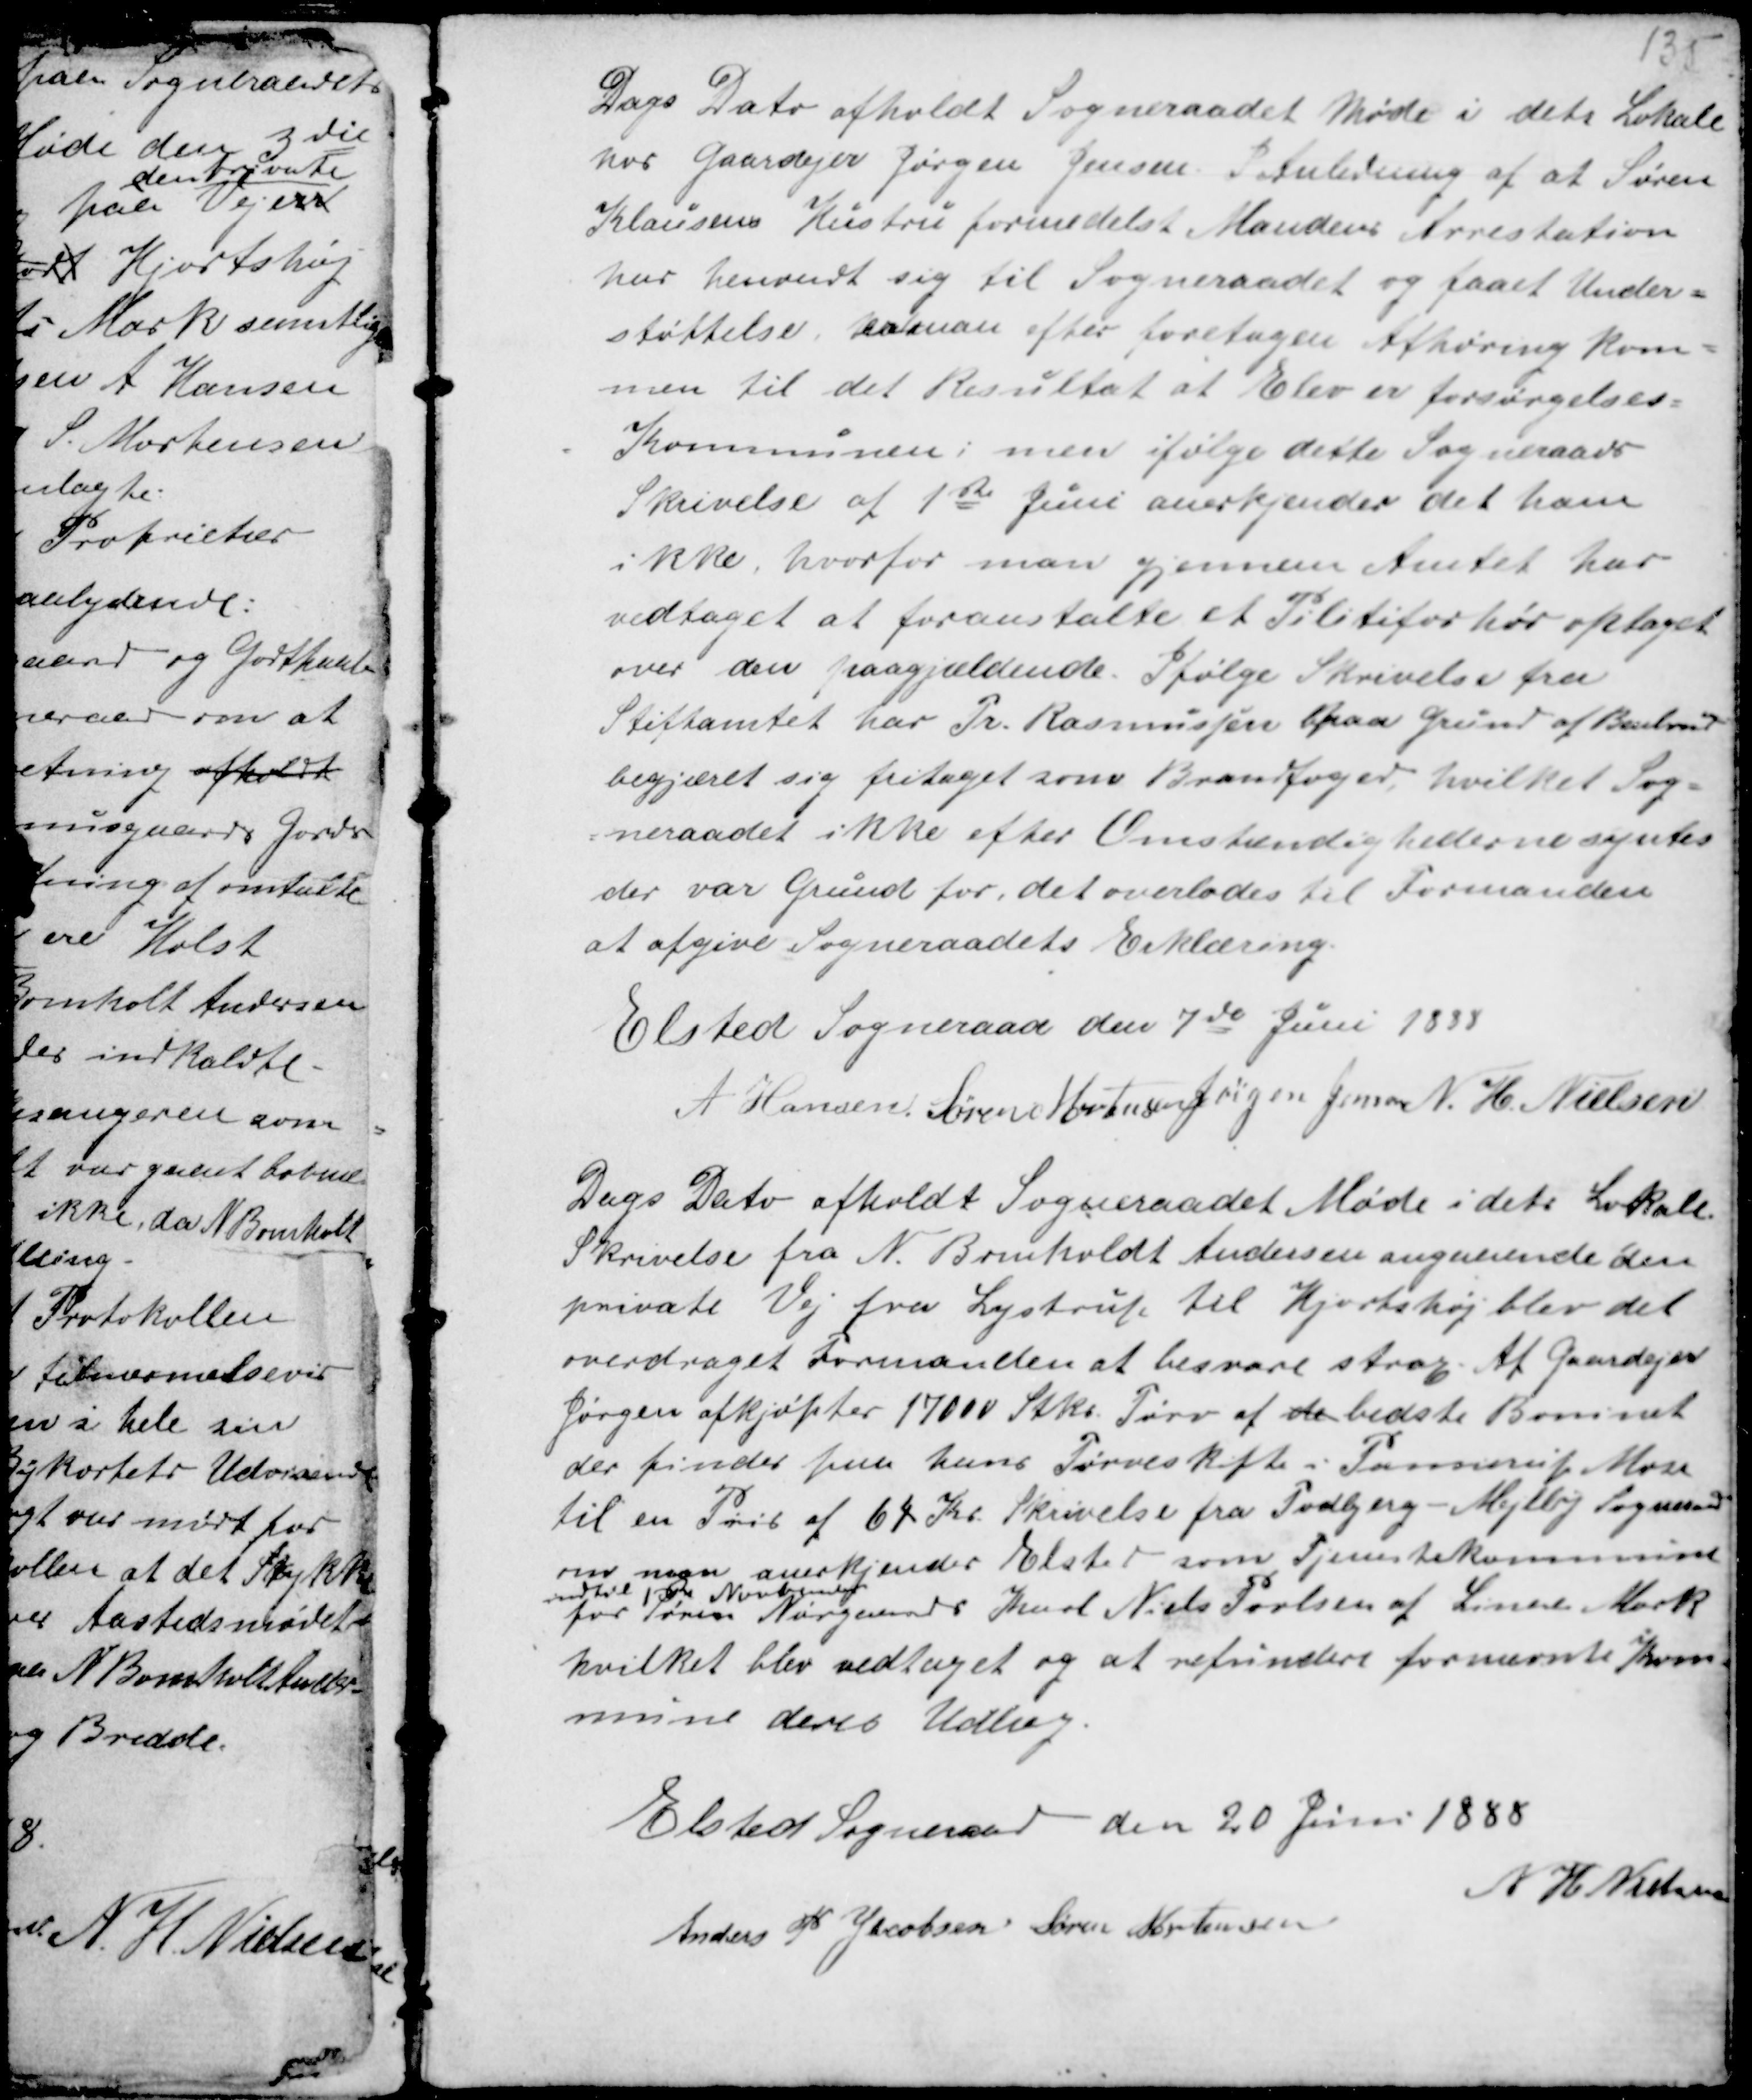
Transskription:
Dags Dato afholdt Sogneraadet Møde i dets Lokale
hos Gaardejer Jørgen Jensen. I Anledning af Søren
Klausens Hustru formedelst Mandens Arrestation
har henvendt sig til Sogneraadet og faaet Under-
støttelse, kanman efter foretagen Afhøring kom-
men til det Resultet at Elev er forsørgelses-
Kommunen; men ifølge dette Sogneraads
Skrivelse af 1ste Juni anerkjendes det ham
ikke, hvorfor man gjennem Amtet har
vedtaget at foranstalte et Pilitiforhør optaget
over den paagjældende. Ifølge Skrivelse fra
Stiftamtet har Pr. Rasmussen paa Grund af Benbrud
begjæret sig fritaget som Brandfoged, hvilket Sog-
neraadet ikke efter Omstændighederne syntes
der var Grund for, det overlodes til Formanden
at afgive Sogneraadets Erklæring.
Elsted Sogneraad den 7de Juni 1888
A Hansen Søren Mortensen Jørgen Jensen N. H. Nielsen

Dags Dato afholdt Sogneraadet Møde i dets Lokale.
Skrivelse fra N. Bomholt Andersen angaaende den
private Vej fra Lystrup til Hjortshøj blev det
overdraget Formanden at besvare strax. Af Gaardejer
Jørgen afkjøptes 17000 Stks Tørv de bedste Boninet
der findes paa hans Tørveskifte i Pannerup Mose
til en Pris af 64 Kr. Skrivelse fra Todbjerg - Mejlby Sogneraad
om man anerkjender Elsted som Tjenestekommune
indtil 1ste November
for Søren Nørgaards Karl Niels Povlsen af Lineslev Mark
hvilket blev vedtaget og at refundere fornævnte Kom-
mune deres Udlæg.

Elsted Sogneraad den 20 Juni 1888
Anders P Jacobsen Søren Mortensen
N H Nielsen